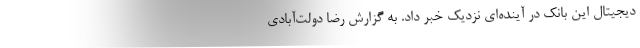
دیجیتال این بانک در آینده‌ای نزدیک خبر داد. به گزارش رضا دولت‌آبادی